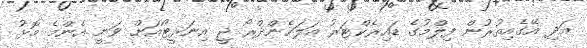
އަދި އޭގެއިތުރުން ފިލްމުގެ ޑައިރެކްޓަރު އަލަޚެންދްރޯ ޖީ އިނަރީޓޯއަށް ވަނީ އެންމެ މޮޅު